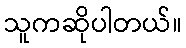
သူကဆိုပါတယ်။